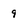
Character: 9